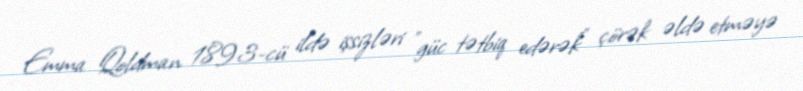
Emma Qoldman 1893-cü ildə işsizləri "güc tətbiq edərək" çörək əldə etməyə